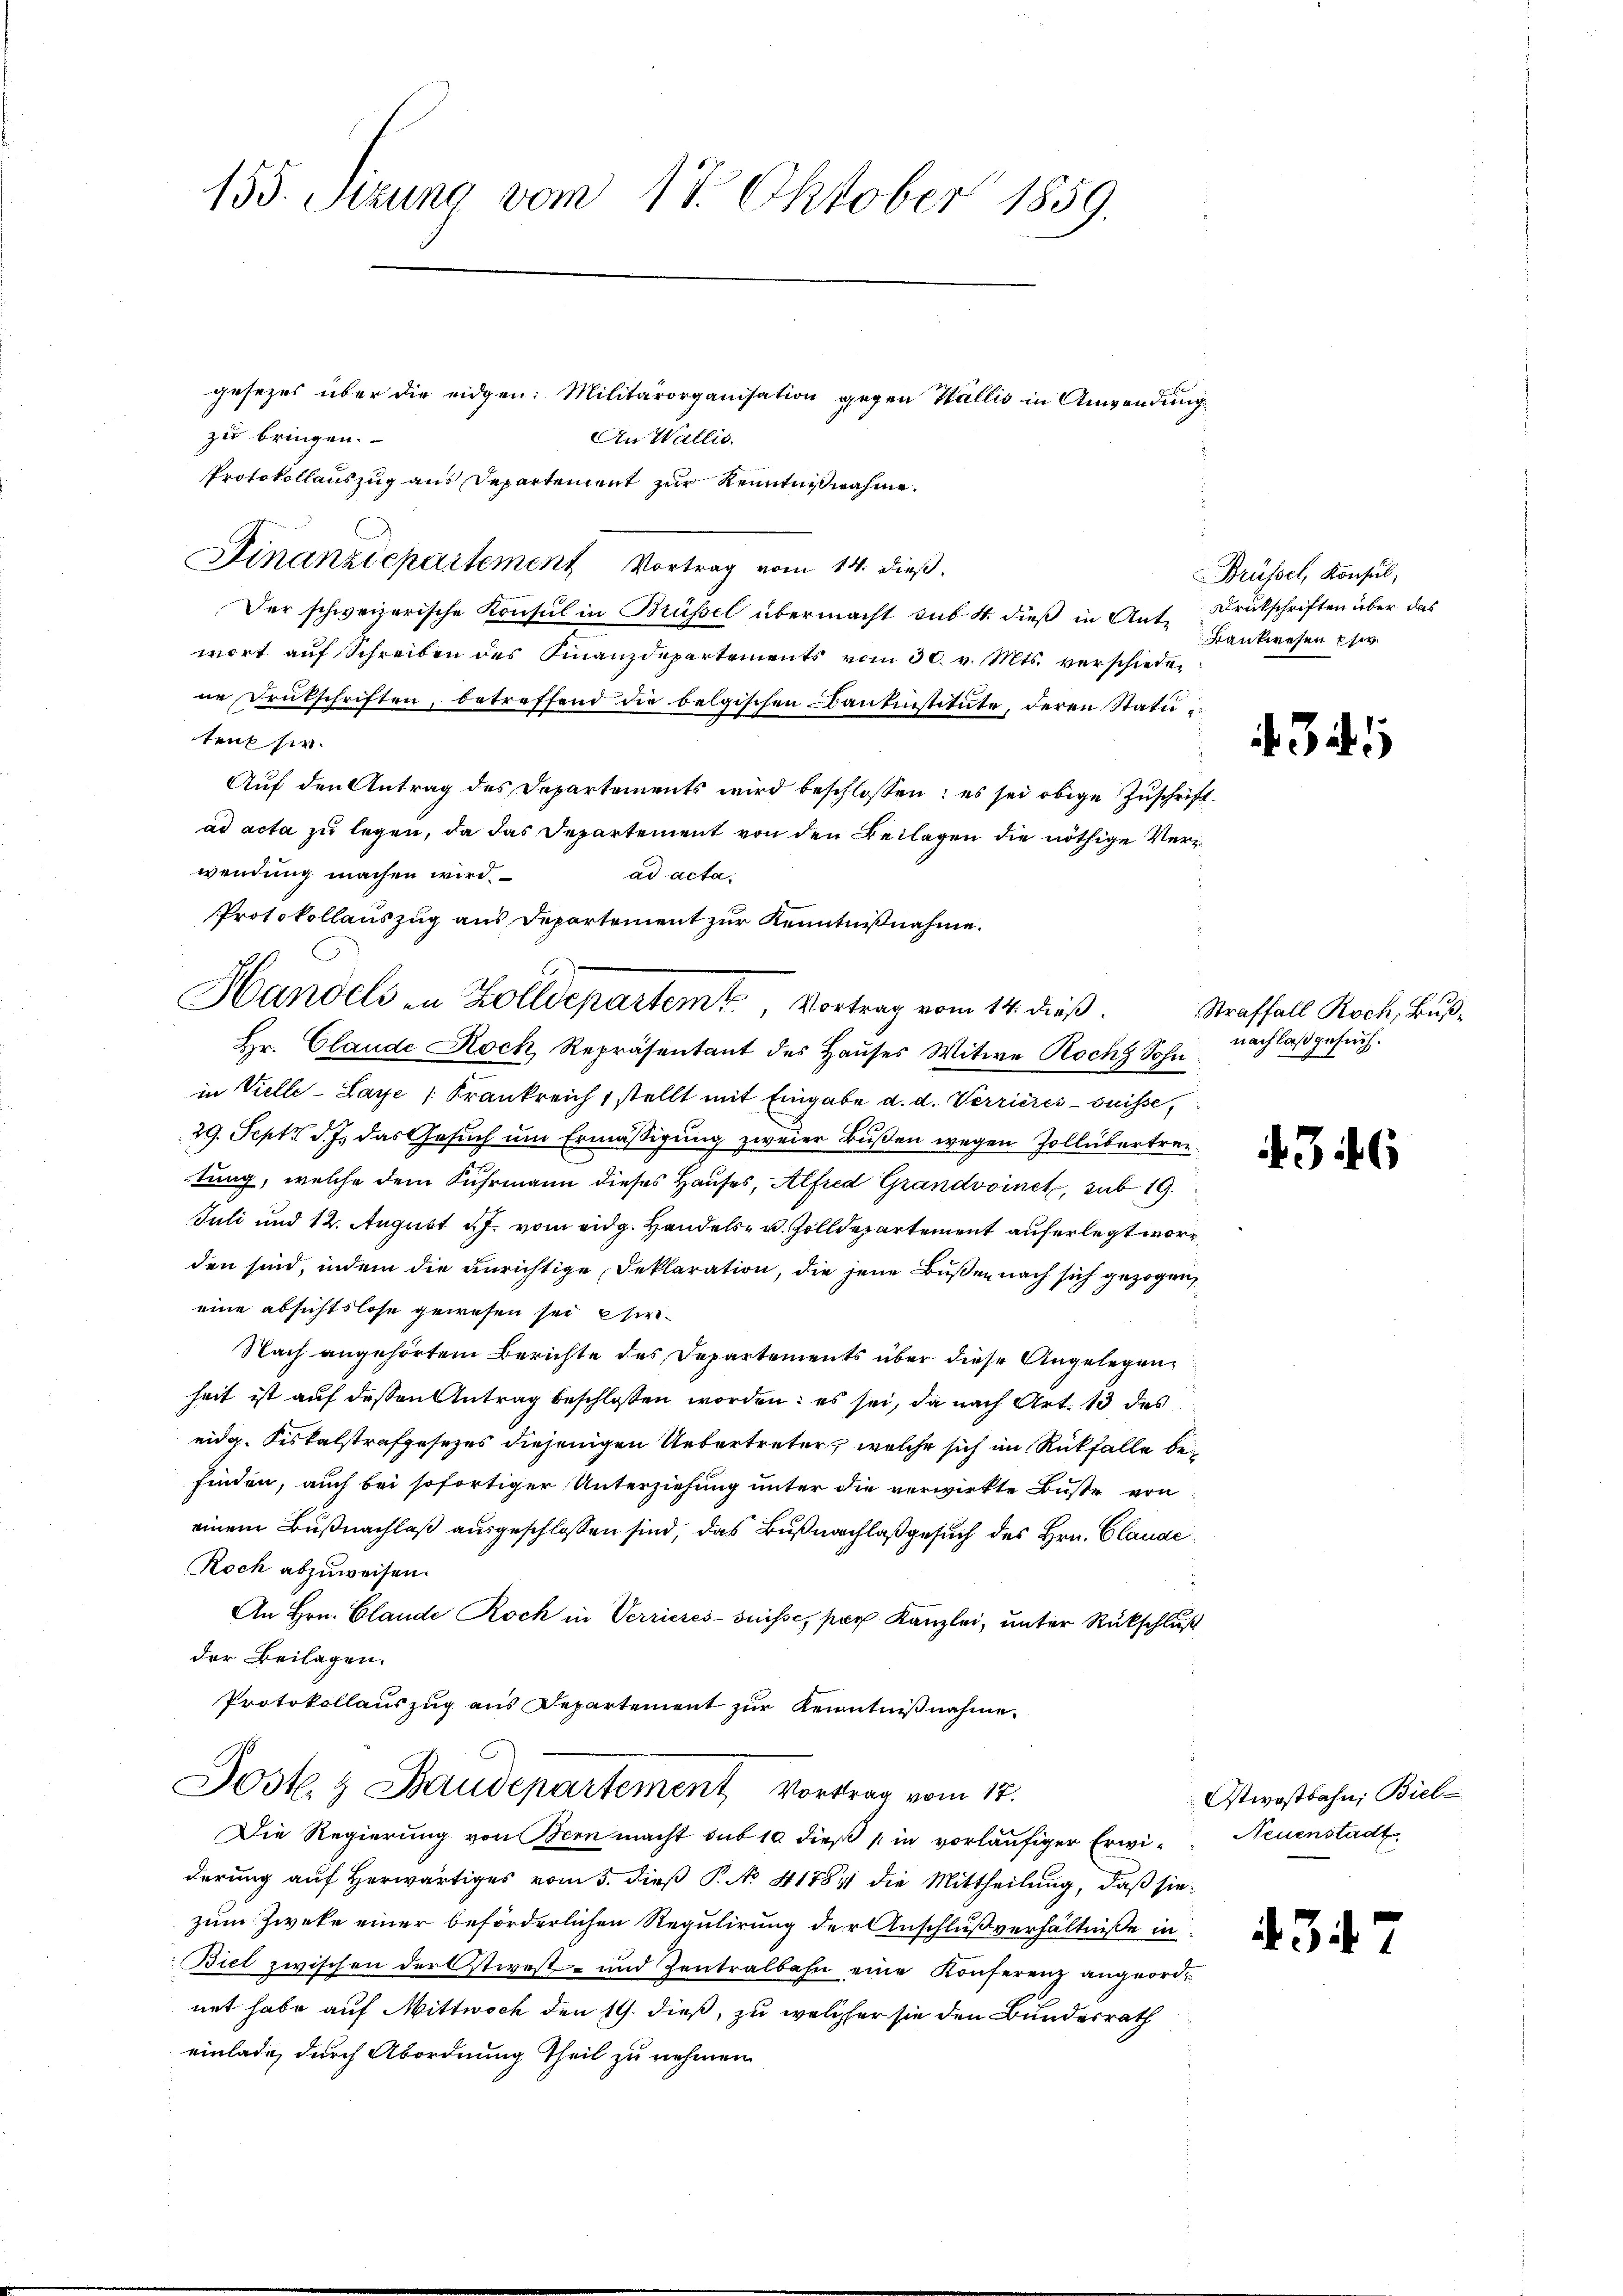
155. Sizung vom 17. Oktober 1859.

gesezes über die eidgen: Militärorganisation gegen Wallis in Anwendung
zu bringen.
An Wallis.
Protokollauszug aus Departement zur Kenntnißnahme.
Finanzdepartement Vortrag vom 14. dieß,
Der schweizerische Konsul in Brüssel übermacht sub 1. dieß in Ant. Drückschriften über das
wort auf Schreiben des Finanzdepartements vom 30. v. Mts. verschiedene Drütschriften, betreffend die belgischen Bankinstitute, deren Statutens sie.
Auf den Antrag des Departements wird beschlossen: es sei obige Zuschrift
ad acta zu legen, da das Departement von den Beilagen die nöthige Verwendung machen wird.
ad acta.
Protokollauszug aus Departement zur Kenntnißnahme.
Hr. Claude Koch, Repräsentant des Hauses Witwe Rochy Sohn
in Vielle-Laye (Frankreich 1 stellt mit Eingabe d. d. Verrieres-ouisse,
29. Sept. d. J. das Gesuch um Ermäßigung zweier Bußen wegen Zollübertretung, welche dem Fuhrmann dieses Hauses, Alfred Grandvoinet, sub 19.
Juli und 12. August d. J. vom eidg. Handels- u. Zolldepartement auferlegt worden sind, indem die unrichtige Deklaration, die jene Bußen nach sich gezogen,
eine absichtslose gewesen sei hie
Nach angehörtem Berichte des Departements über diese Angelegenheit ist auf dessen Antrag beschlossen worden: es sei, da nach Art. 13 des
eidg. Fiskalstrafgesezes diejenigen Uebertreter, welche sich im Rückfalle befinden, auch bei sofortiger Unterziehung unter die verwirkte Buße von
einem Bußnachlaß ausgeschlossen sind, das Bußnachlaß gesuch des Hrn. Claude
Roch abzuweisen.
An Hrn. Glande Roch in Verrieres-Suisse, par Kanzlei, unter Rückschluß
der Beilagen.
Protokollauszug aus Departement zur Kenntnißnahme.
Jost & Baudepartement Vortrag vom 17.
Die Regierung von Bern macht sub 10 dieß in vorläufiger Erwi- Neuenstadt
derung auf Herwärtiges vom 5. dieß P. No 41784 die Mittheilung, daß sie
zum Zweke einer beförderlichen Regulirung der Anschlußverhältniße in
Biel zwischen der Ostwest- und Zentralbahn eine Konferenz angeordnet habe auf Mittwoch den 19. dieß, zu welcher sie den Bundesrath
einlade, durch Abordnung Theil zu nehmen

Handels in Zolldepartemt, Vortrag vom 14. dieß.

Brüssel, Konsul,
Bankwesen Eher

341

Straffall Roch, Buß-
nachlaß gesuch.

4346

Ostwostbahn, Biel-

43

7